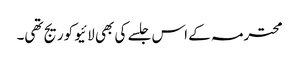
محترمہ کے اس جلسے کی بھی لائیو کوریج تھی۔